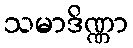
သမာဒိဏ္ဏာ